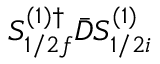
S _ { 1 / 2 f } ^ { ( 1 ) \dagger } \bar { D } S _ { 1 / 2 i } ^ { ( 1 ) }